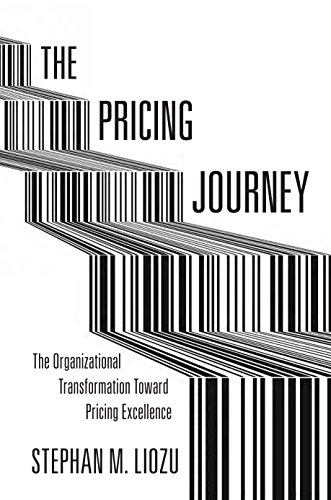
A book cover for The Pricing Journey: The Organizational Transformation Toward Pricing Excellence; Stephan Liozu; Business & Money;